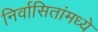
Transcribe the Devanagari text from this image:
निर्वासितांमध्ये